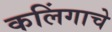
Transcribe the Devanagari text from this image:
कलिंगाचे